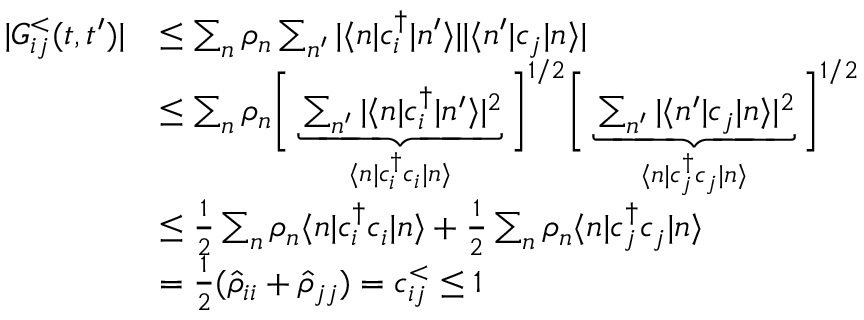
\begin{array} { r l } { | G _ { i j } ^ { < } ( t , t ^ { \prime } ) | } & { \leq \sum _ { n } \rho _ { n } \sum _ { n ^ { \prime } } | \langle n | c _ { i } ^ { \dagger } | n ^ { \prime } \rangle | | \langle n ^ { \prime } | c _ { j } | n \rangle | } \\ & { \leq \sum _ { n } \rho _ { n } \bigg [ \underbrace { \sum _ { n ^ { \prime } } | \langle n | c _ { i } ^ { \dagger } | n ^ { \prime } \rangle | ^ { 2 } } _ { \langle n | c _ { i } ^ { \dagger } c _ { i } | n \rangle } \bigg ] ^ { 1 / 2 } \bigg [ \underbrace { \sum _ { n ^ { \prime } } | \langle n ^ { \prime } | c _ { j } | n \rangle | ^ { 2 } } _ { \langle n | c _ { j } ^ { \dagger } c _ { j } | n \rangle } \bigg ] ^ { 1 / 2 } } \\ & { \leq \frac { 1 } { 2 } \sum _ { n } \rho _ { n } \langle n | c _ { i } ^ { \dagger } c _ { i } | n \rangle + \frac { 1 } { 2 } \sum _ { n } \rho _ { n } \langle n | c _ { j } ^ { \dagger } c _ { j } | n \rangle } \\ & { = \frac { 1 } { 2 } ( \hat { \rho } _ { i i } + \hat { \rho } _ { j j } ) = c _ { i j } ^ { < } \leq 1 } \end{array}